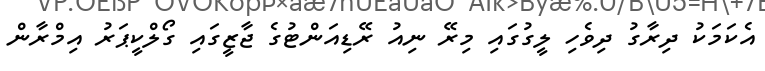
އެކަމަކު ދިރާގު ދިވެހި ލީގުގައި މިރޭ ނިއު ރޭޑިއަންޓުގެ ޖާޒީގައި ގޯލްކީޕަރު އިމްރާން